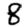
Digit: 8